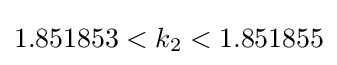
{\textstyle 1.851853<k_{2}<1.851855}